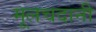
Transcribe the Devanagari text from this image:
मूलचदानी